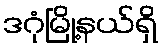
ဒဂုံမြို့နယ်ရှိ